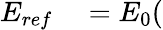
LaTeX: \begin{array}{rl}{E_{ref}}&{{}=E_{0}(}\end{array}